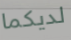
لديكما